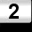
Digit: 2